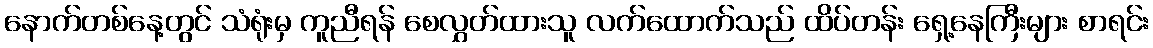
နောက်တစ်နေ့တွင် သံရုံးမှ ကူညီရန် စေလွှတ်ထားသူ လက်ထောက်သည် ထိပ်တန်း ရှေ့နေကြီးများ စာရင်း